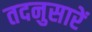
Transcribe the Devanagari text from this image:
तदनुसारें